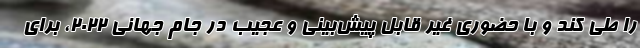
را طی کند و با حضوری غیر قابل پیش‌بینی و عجیب در جام جهانی 2022، برای